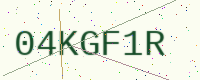
Text: 04KGF1R